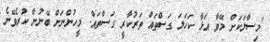
"މިސާލަކަށް މޭވާ އަޅާ ކަހަލަ ގަސްތައް ތަރުކާރީ ގަސްތައް. މީހުންނަށް ބޭނުން ކުރެވޭނެ